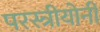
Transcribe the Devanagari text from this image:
परस्त्रीयोनी